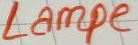
Text: Lampe